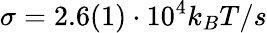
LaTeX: \sigma=2.6(1)\cdot 10^{4}k_{B}T/s